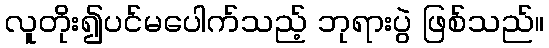
လူတိုး၍ပင်မပေါက်သည့် ဘုရားပွဲ ဖြစ်သည်။